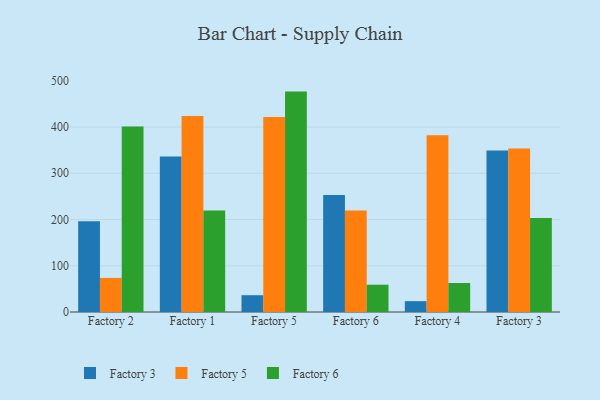
{"axis": {"x": "Factory", "y": "Net Income (USD K)"}, "legend": ["Factory 3", "Factory 5", "Factory 6"], "data": [{"x": "Factory 2", "y": 196.5, "type": "Factory 3"}, {"x": "Factory 2", "y": 73.7, "type": "Factory 5"}, {"x": "Factory 2", "y": 401.0, "type": "Factory 6"}, {"x": "Factory 1", "y": 336.3, "type": "Factory 3"}, {"x": "Factory 1", "y": 423.9, "type": "Factory 5"}, {"x": "Factory 1", "y": 219.5, "type": "Factory 6"}, {"x": "Factory 5", "y": 36.3, "type": "Factory 3"}, {"x": "Factory 5", "y": 421.9, "type": "Factory 5"}, {"x": "Factory 5", "y": 476.6, "type": "Factory 6"}, {"x": "Factory 6", "y": 252.8, "type": "Factory 3"}, {"x": "Factory 6", "y": 219.5, "type": "Factory 5"}, {"x": "Factory 6", "y": 59.0, "type": "Factory 6"}, {"x": "Factory 4", "y": 23.4, "type": "Factory 3"}, {"x": "Factory 4", "y": 382.1, "type": "Factory 5"}, {"x": "Factory 4", "y": 62.7, "type": "Factory 6"}, {"x": "Factory 3", "y": 349.3, "type": "Factory 3"}, {"x": "Factory 3", "y": 353.6, "type": "Factory 5"}, {"x": "Factory 3", "y": 203.1, "type": "Factory 6"}]}